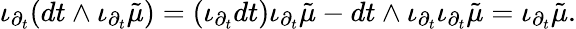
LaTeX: \iota_{\partial_{t}}(dt\wedge\iota_{\partial_{t}}{\tilde{\mu}})=(\iota_{\partial_{t}}dt)\iota_{\partial_{t}}{\tilde{\mu}}-dt\wedge\iota_{\partial_{t}}\iota_{\partial_{t}}{\tilde{\mu}}=\iota_{\partial_{t}}{\tilde{\mu}}.